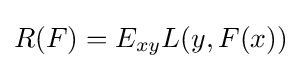
R(F)=E_{xy}L(y,F(x))